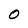
Character: O